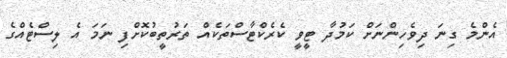
އެންމެ ގިނަ ދިވެހިންނަށް ކަމުދާ ޓީވީ ކެރެކްޓާސްތަކެއް ތަރުތީބުކޮށްފި ނަމަ އެ ލިސްޓެއްގެ